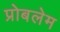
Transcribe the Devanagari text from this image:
प्रोबलेम